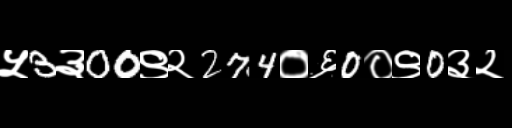
Text: ५3३00९२274०६0०९0३२